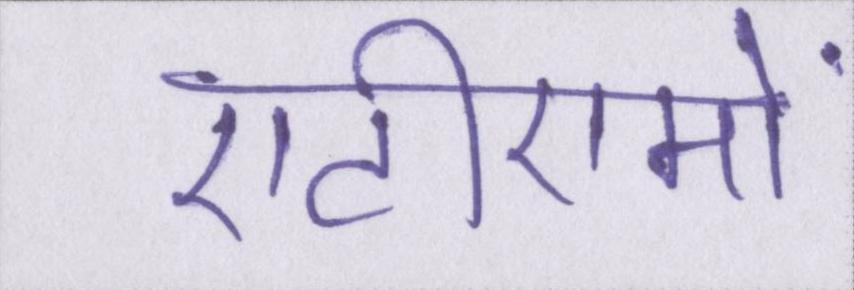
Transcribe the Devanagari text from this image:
एटीएमों